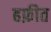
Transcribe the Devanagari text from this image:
हफ़ीत